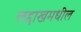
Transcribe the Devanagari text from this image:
लद्दाखमधील